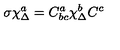
\sigma \chi _ { \Delta } ^ { a } = C _ { b c } ^ { a } \chi _ { \Delta } ^ { b } C ^ { c }